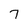
Character: 7